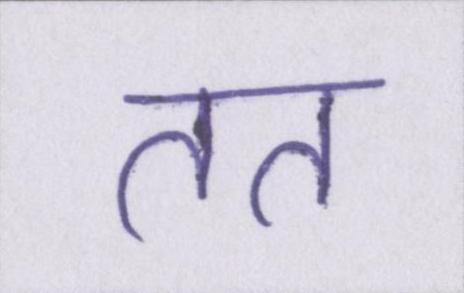
तत